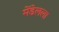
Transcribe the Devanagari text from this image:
मेंडेलला